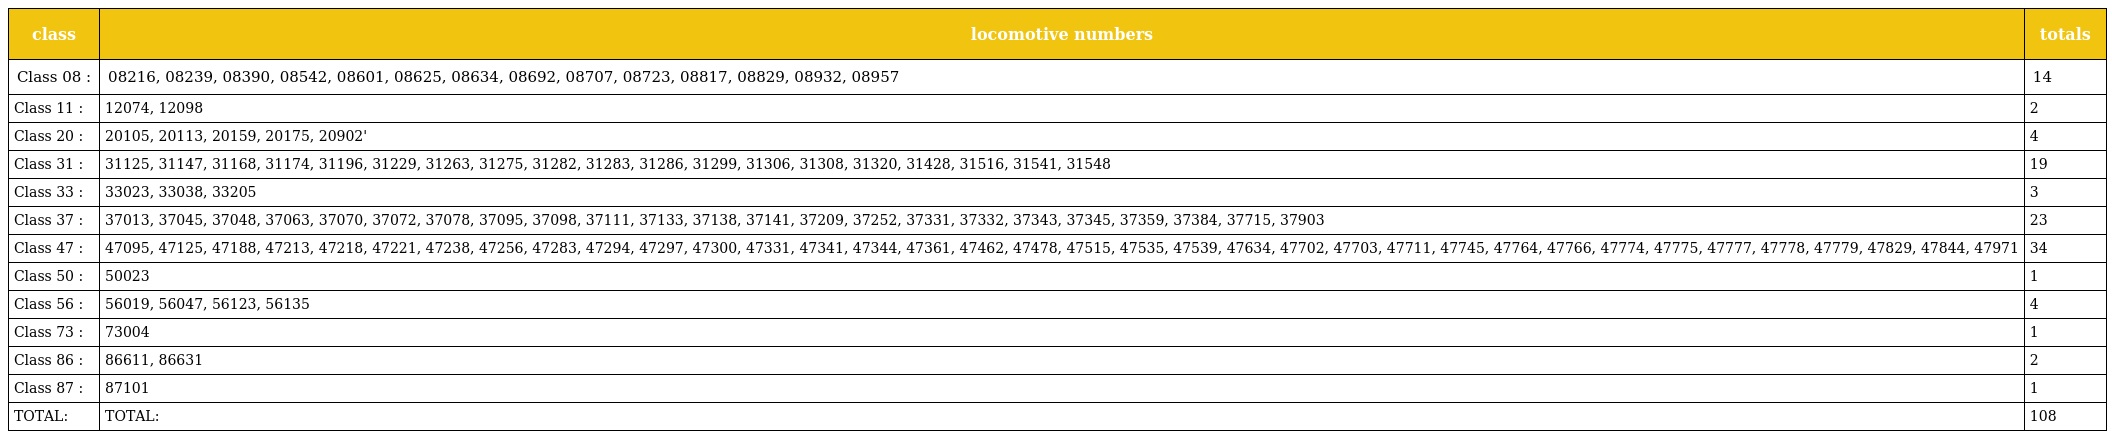
| class | locomotive numbers | totals |
 | --- | --- | --- |
 | Class 08 : | 08216, 08239, 08390, 08542, 08601, 08625, 08634, 08692, 08707, 08723, 08817, 08829, 08932, 08957 | 14 |
 | Class 11 : | 12074, 12098 | 2 |
 | Class 20 : | 20105, 20113, 20159, 20175, 20902' | 4 |
 | Class 31 : | 31125, 31147, 31168, 31174, 31196, 31229, 31263, 31275, 31282, 31283, 31286, 31299, 31306, 31308, 31320, 31428, 31516, 31541, 31548 | 19 |
 | Class 33 : | 33023, 33038, 33205 | 3 |
 | Class 37 : | 37013, 37045, 37048, 37063, 37070, 37072, 37078, 37095, 37098, 37111, 37133, 37138, 37141, 37209, 37252, 37331, 37332, 37343, 37345, 37359, 37384, 37715, 37903 | 23 |
 | Class 47 : | 47095, 47125, 47188, 47213, 47218, 47221, 47238, 47256, 47283, 47294, 47297, 47300, 47331, 47341, 47344, 47361, 47462, 47478, 47515, 47535, 47539, 47634, 47702, 47703, 47711, 47745, 47764, 47766, 47774, 47775, 47777, 47778, 47779, 47829, 47844, 47971 | 34 |
 | Class 50 : | 50023 | 1 |
 | Class 56 : | 56019, 56047, 56123, 56135 | 4 |
 | Class 73 : | 73004 | 1 |
 | Class 86 : | 86611, 86631 | 2 |
 | Class 87 : | 87101 | 1 |
 | TOTAL: | TOTAL: | 108 |